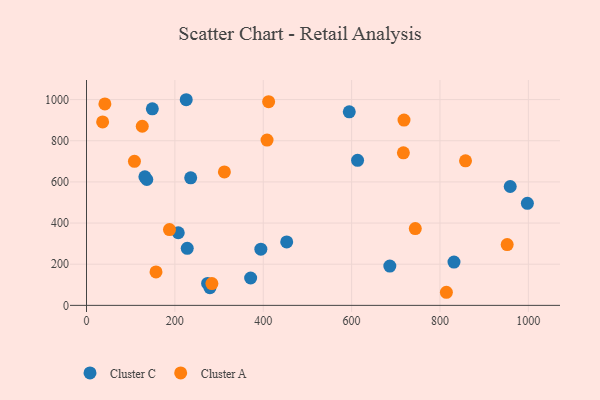
{"axis": {"x": "Experience", "y": "Profit"}, "legend": ["Cluster A", "Cluster C"], "data": [{"x": "274.1", "y": 106.4, "type": "Cluster C"}, {"x": "831.7", "y": 210.3, "type": "Cluster C"}, {"x": "132.1", "y": 624.9, "type": "Cluster C"}, {"x": "228.0", "y": 277.0, "type": "Cluster C"}, {"x": "997.8", "y": 496.1, "type": "Cluster C"}, {"x": "235.8", "y": 619.7, "type": "Cluster C"}, {"x": "149.0", "y": 955.3, "type": "Cluster C"}, {"x": "279.4", "y": 85.9, "type": "Cluster C"}, {"x": "613.5", "y": 704.8, "type": "Cluster C"}, {"x": "453.1", "y": 308.2, "type": "Cluster C"}, {"x": "959.0", "y": 577.7, "type": "Cluster C"}, {"x": "136.5", "y": 611.6, "type": "Cluster C"}, {"x": "371.5", "y": 133.0, "type": "Cluster C"}, {"x": "594.7", "y": 940.7, "type": "Cluster C"}, {"x": "686.5", "y": 191.1, "type": "Cluster C"}, {"x": "394.6", "y": 273.3, "type": "Cluster C"}, {"x": "207.7", "y": 353.0, "type": "Cluster C"}, {"x": "225.7", "y": 999.4, "type": "Cluster C"}, {"x": "718.6", "y": 900.7, "type": "Cluster A"}, {"x": "952.1", "y": 295.3, "type": "Cluster A"}, {"x": "157.3", "y": 162.3, "type": "Cluster A"}, {"x": "717.2", "y": 741.2, "type": "Cluster A"}, {"x": "857.8", "y": 702.6, "type": "Cluster A"}, {"x": "187.8", "y": 368.2, "type": "Cluster A"}, {"x": "36.5", "y": 891.5, "type": "Cluster A"}, {"x": "108.5", "y": 700.2, "type": "Cluster A"}, {"x": "41.6", "y": 978.8, "type": "Cluster A"}, {"x": "744.1", "y": 373.3, "type": "Cluster A"}, {"x": "408.6", "y": 803.2, "type": "Cluster A"}, {"x": "312.1", "y": 648.6, "type": "Cluster A"}, {"x": "126.2", "y": 870.5, "type": "Cluster A"}, {"x": "283.8", "y": 105.9, "type": "Cluster A"}, {"x": "412.2", "y": 989.7, "type": "Cluster A"}, {"x": "814.5", "y": 63.6, "type": "Cluster A"}]}